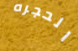
الحجره